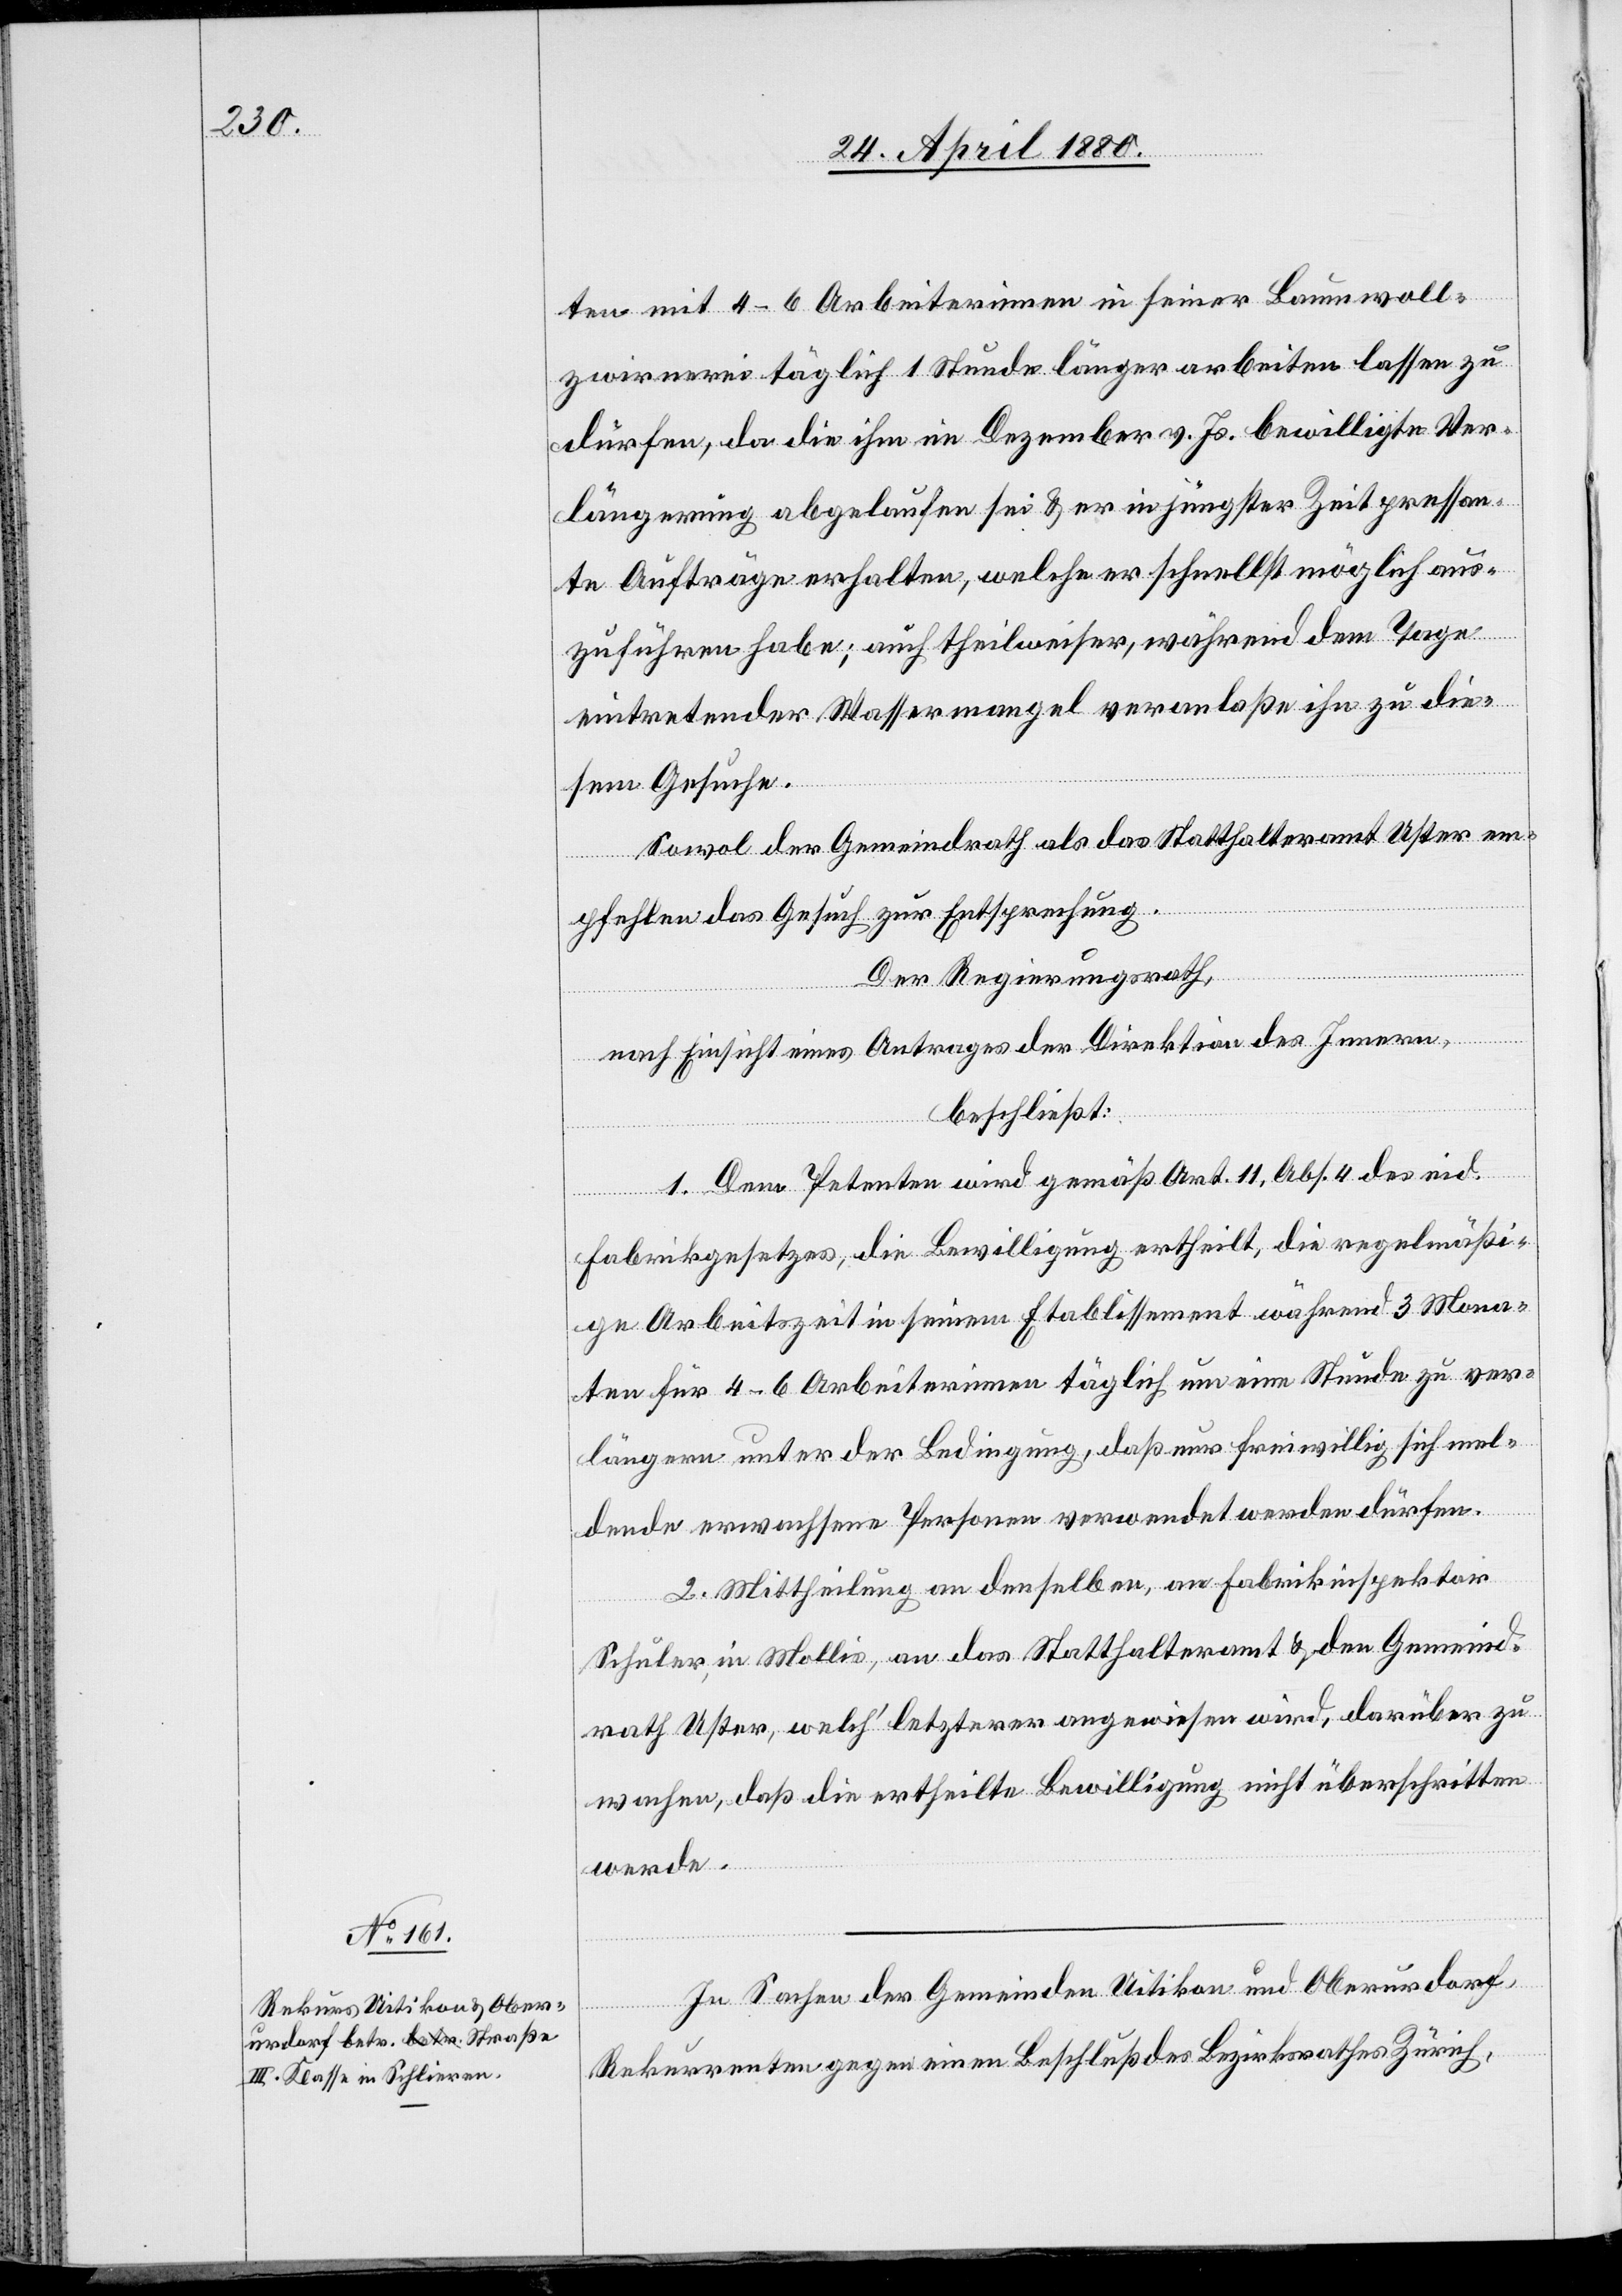
ten mit 4–6 Arbeiterinnen in seiner Baumwoll¬
zwirnerei täglich 1 Stunde länger arbeiten lassen zu
dürfen, da die ihm im Dezember v. Js. bewilligte Ver¬
längerung abgelaufen sei & er in jüngster Zeit pressan¬
te Aufträge erhalten, welche er schnellst möglich aus¬
zuführen habe; auch theilweiser, während dem Tage
eintretender Wassermangel veranlaße ihn zu die¬
sem Gesuche.
Sowol der Gemeindrath als das Statthalteramt Uster em¬
pfehlen das Gesuch zur Entsprechung.
Der Regierungsrath,
nach Einsicht eines Antrages der Direktion des Innern,
beschließt:
1. Dem Petenten wird gemäß Art. 11, Abs. 4 des eid.
Fabrikgesetzes, die Bewilligung ertheilt, die regelmäßi¬
ge Arbeitszeit in seinem Etablissement während 3 Mona¬
ten für 4–6 Arbeiterinnen täglich um eine Stunde zu ver¬
längern unter der Bedingung, daß nur freiwillig sich mel¬
dende erwachsene Personen verwendet werden dürfen.
2. Mittheilung an denselben, an Fabrikinspektor
Schuler in Mollis, an das Statthalteramt & den Gemeind¬
rath Uster, welch‘ letzterer angewiesen wird, darüber zu
wachen, daß die ertheilte Bewilligung nicht überschritten
werde.
In Sachen der Gemeinden Uitikon und Oberurdorf,
Rekurrenten gegen einen Beschluß des Bezirksrathes Zürich,